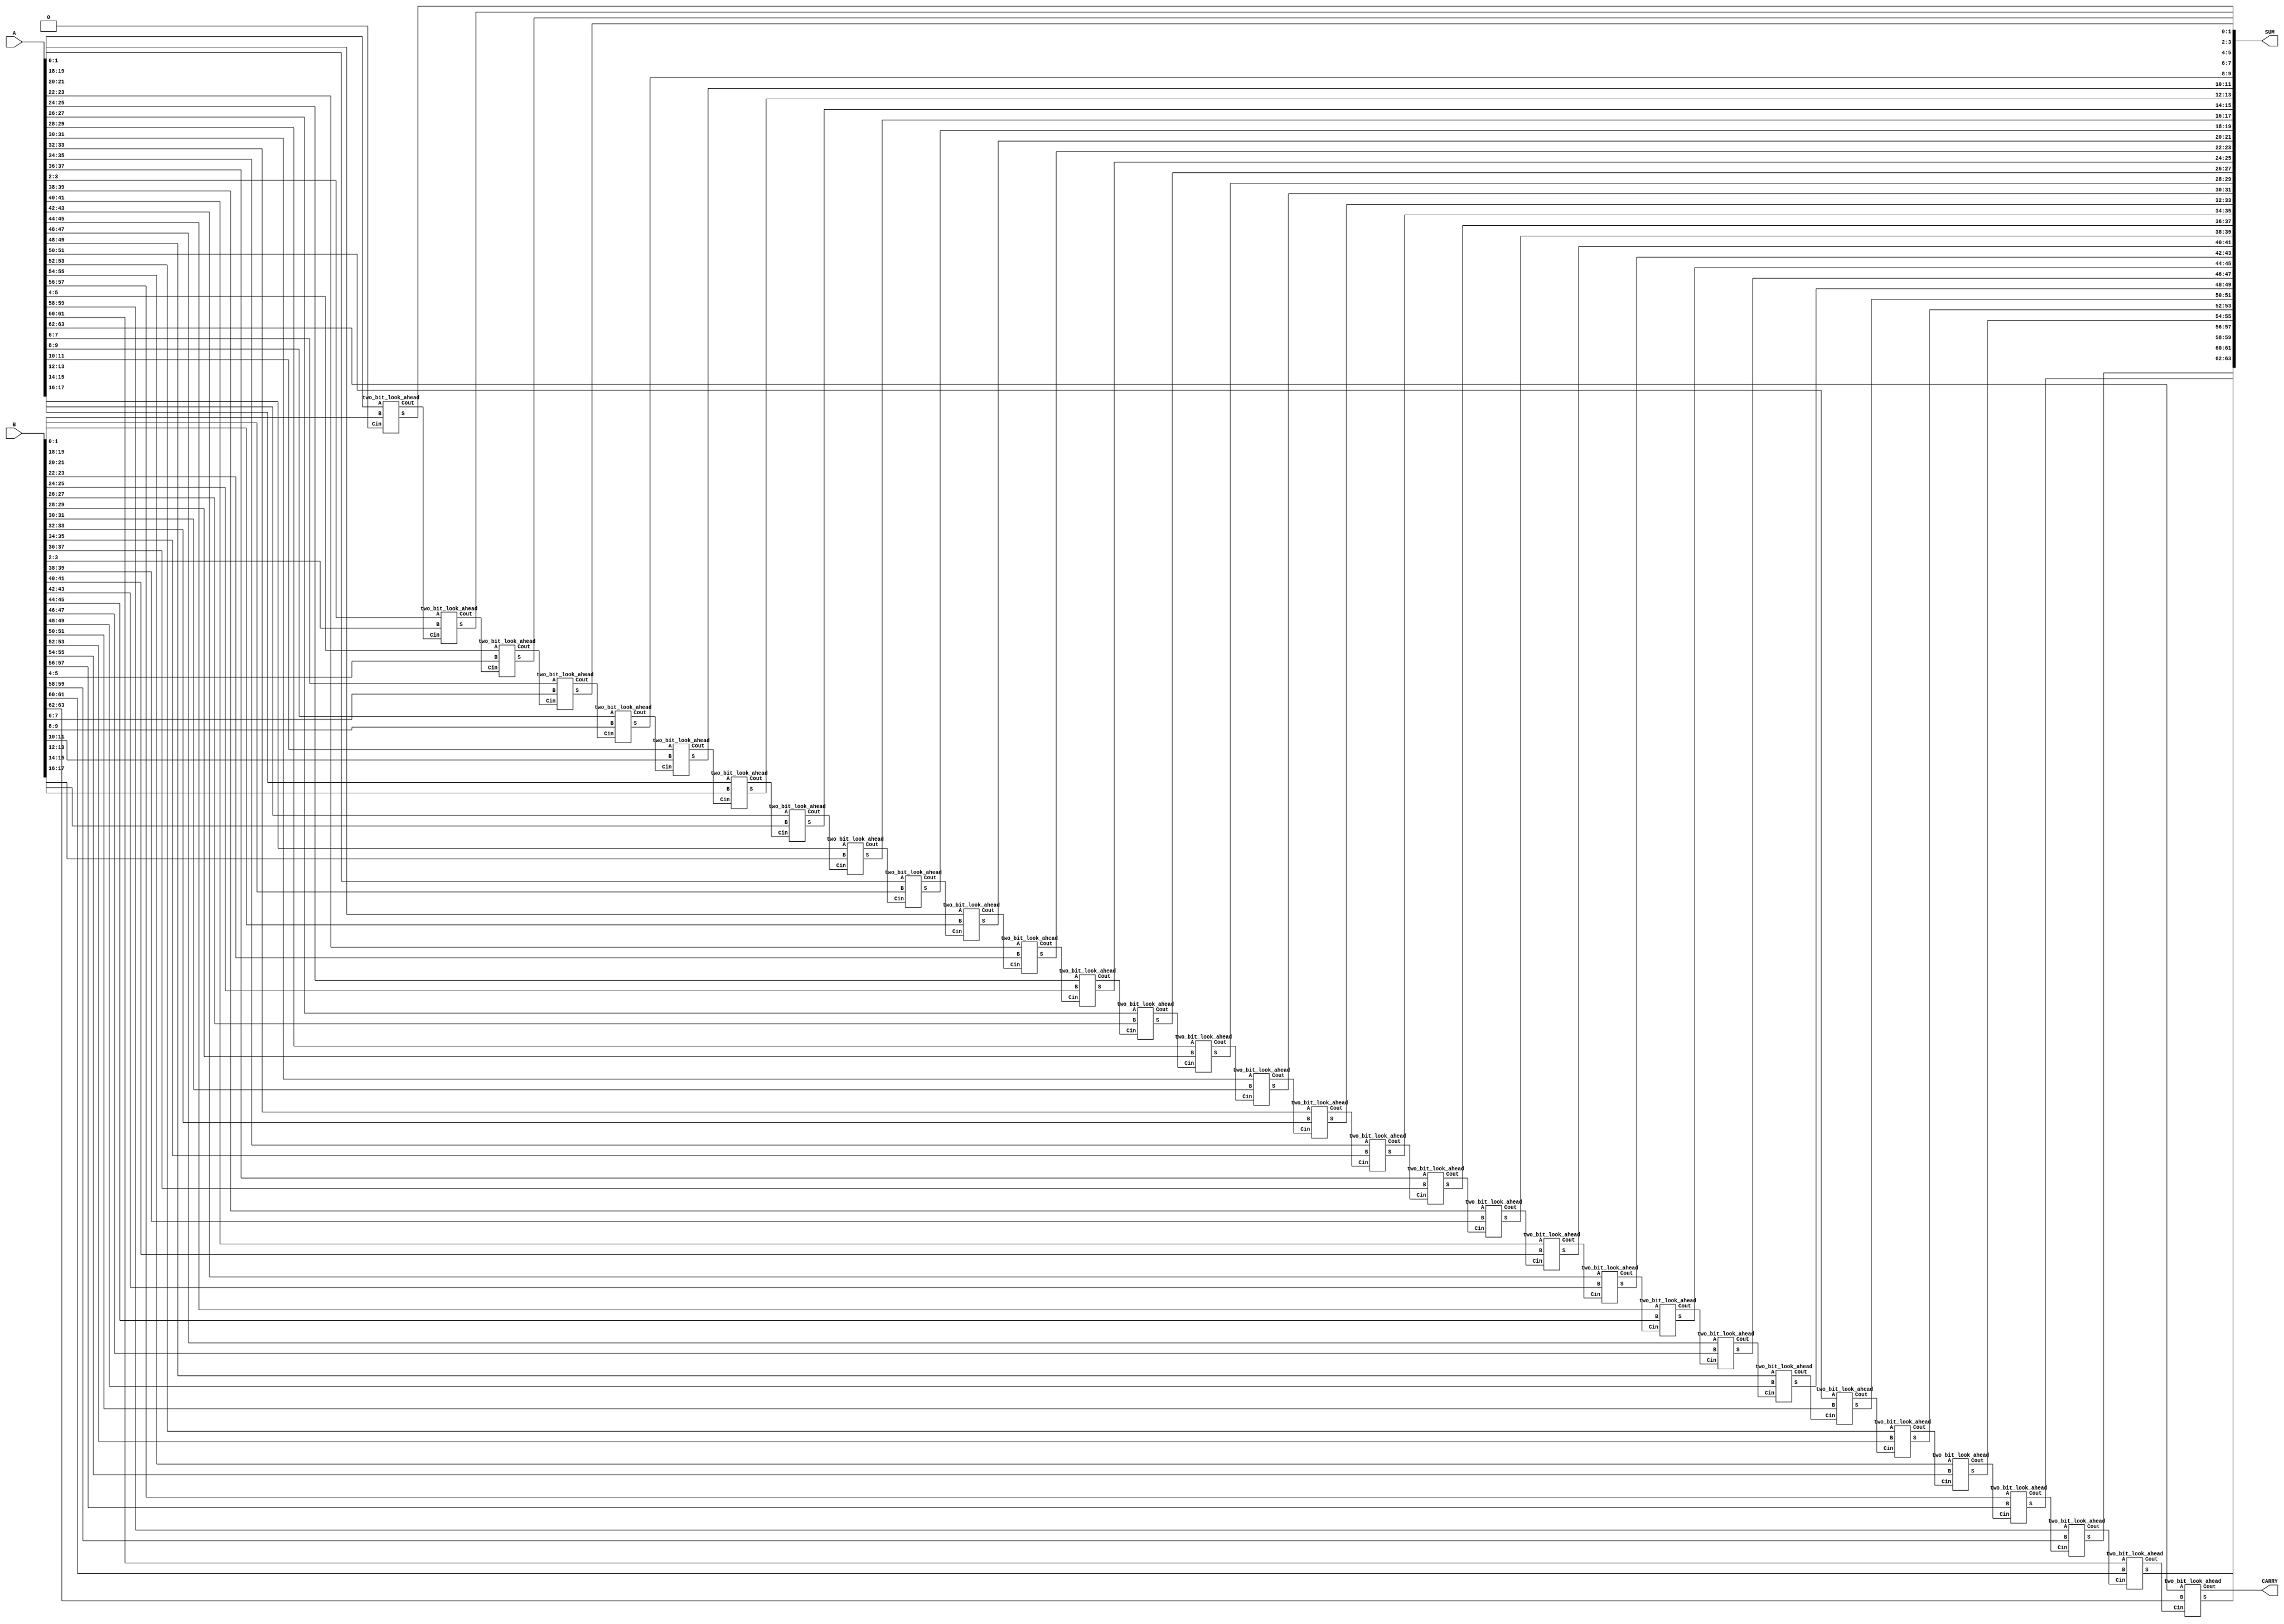
`timescale 1ns / 1ps

module Carry_Look_Ahead(

    input [63:0] A,
    input [63:0] B,
    output [63:0] SUM,
    output CARRY   
     
    );
    
  wire c1, c2, c3, c4, c5, c6, c7, c8, c9, c10, c11, c12, c13, c14, c15, c16, c17, c18, c19, c20, c21, c22, c23, c24, c25, c26, c27, c28, c29, c30, c31, c32;
    
  assign c1 = 1'b0;

  two_bit_look_ahead look1 (A[1:0], B[1:0], c1, SUM[1:0], c2);
  two_bit_look_ahead look2 (A[3:2], B[3:2], c2, SUM[3:2], c3);
  two_bit_look_ahead look3 (A[5:4], B[5:4], c3, SUM[5:4], c4);
  two_bit_look_ahead look4 (A[7:6], B[7:6], c4, SUM[7:6], c5);
  two_bit_look_ahead look5(A[9:8], B[9:8], c5, SUM[9:8], c6);
  two_bit_look_ahead look6 (A[11:10], B[11:10], c6, SUM[11:10], c7);
  two_bit_look_ahead look7 (A[13:12], B[13:12], c7, SUM[13:12], c8);
  two_bit_look_ahead look8 (A[15:14], B[15:14], c8, SUM[15:14], c9);
  two_bit_look_ahead look9 (A[17:16], B[17:16], c9, SUM[17:16], c10);
  two_bit_look_ahead look10 (A[19:18], B[19:18], c10, SUM[19:18], c11);
  two_bit_look_ahead look11 (A[21:20], B[21:20], c11, SUM[21:20], c12);
  two_bit_look_ahead look12 (A[23:22], B[23:22], c12, SUM[23:22], c13);
  two_bit_look_ahead look13 (A[25:24], B[25:24], c13, SUM[25:24], c14);
  two_bit_look_ahead look14 (A[27:26], B[27:26], c14, SUM[27:26], c15);
  two_bit_look_ahead look15 (A[29:28], B[29:28], c15, SUM[29:28], c16);
  two_bit_look_ahead look16 (A[31:30], B[31:30], c16, SUM[31:30], c17);
  two_bit_look_ahead look17 (A[33:32], B[33:32], c17, SUM[33:32], c18);
  two_bit_look_ahead look18 (A[35:34], B[35:34], c18, SUM[35:34], c19);
  two_bit_look_ahead look19 (A[37:36], B[37:36], c19, SUM[37:36], c20);
  two_bit_look_ahead look20 (A[39:38], B[39:38], c20, SUM[39:38], c21);
  two_bit_look_ahead look21 (A[41:40], B[41:40], c21, SUM[41:40], c22);
  two_bit_look_ahead look22 (A[43:42], B[43:42], c22, SUM[43:42], c23);
  two_bit_look_ahead look23 (A[45:44], B[45:44], c23, SUM[45:44], c24);
  two_bit_look_ahead look24 (A[47:46], B[47:46], c24, SUM[47:46], c25);
  two_bit_look_ahead look25 (A[49:48], B[49:48], c25, SUM[49:48], c26);
  two_bit_look_ahead look26 (A[51:50], B[51:50], c26, SUM[51:50], c27);
  two_bit_look_ahead look27 (A[53:52], B[53:52], c27, SUM[53:52], c28);
  two_bit_look_ahead look28 (A[55:54], B[55:54], c28, SUM[55:54], c29);
  two_bit_look_ahead look29 (A[57:56], B[57:56], c29, SUM[57:56], c30);
  two_bit_look_ahead look30 (A[59:58], B[59:58], c30, SUM[59:58], c31);
  two_bit_look_ahead look31 (A[61:60], B[61:60], c31, SUM[61:60], c32);
  two_bit_look_ahead look32 (A[63:62], B[63:62], c32, SUM[63:62], CARRY);
    
endmodule

module two_bit_look_ahead(
    
    input [1:0] A,
    input [1:0] B,
    input Cin,
    output [1:0] S,
    output Cout
    
    );

    wire p1, p2, g1, g2, c1, c2, temp1, temp2, temp3, temp4, temp5;
    
    xor XOR1(p1, A[0], B[0]);
    and AND1(g1, A[0], B[0]);
    xor XOR2(S[0], p1, c1);
    and AND2(temp1, p1, Cin);
    or OR1(c1, g1, temp1);
    
    and AND3(temp2, p1, Cin);
    and AND4(temp3, p2, temp2);
    and AND5(temp4, p2, g1);
    or OR2(temp5, temp3, temp4);
    or OR3(Cout, temp5, g2);
    
endmodule